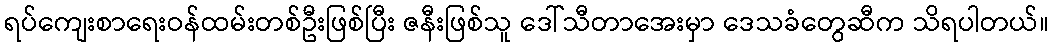
ရပ်ကျေးစာရေးဝန်ထမ်းတစ်ဦးဖြစ်ပြီး ဇနီးဖြစ်သူ ဒေါ်သီတာအေးမှာ ဒေသခံတွေဆီက သိရပါတယ်။